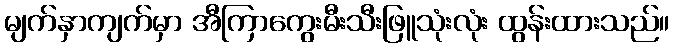
မျက်နှာကျက်မှာ အီကြာကွေးမီးသီးဖြူသုံးလုံး ထွန်းထားသည်။